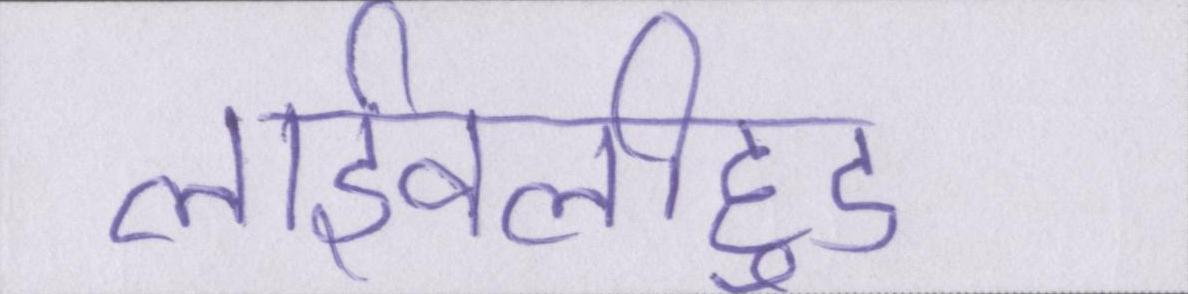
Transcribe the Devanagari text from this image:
लाईवलीहुड